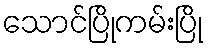
သောင်ပြိုကမ်းပြို